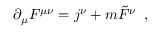
\partial _ { \mu } F ^ { \mu \nu } = j ^ { \nu } + m \tilde { F } ^ { \nu } \; \; ,